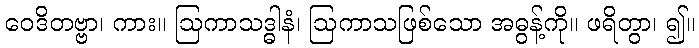
ဝေဒိတဗ္ဗာ၊ ကား။ ဩကာသဒ္ဓါနံ၊ ဩကာသဖြစ်သော အဓွန့်ကို။ ဖရိတွာ၊ ၍။